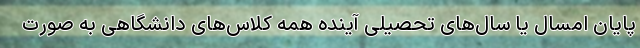
پایان امسال یا سال‌های تحصیلی آینده همه کلاس‌های دانشگاهی به صورت